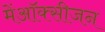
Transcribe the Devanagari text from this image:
मेंऑक्सीजन